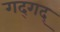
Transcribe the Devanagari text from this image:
गद्‍गद्